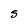
Character: S